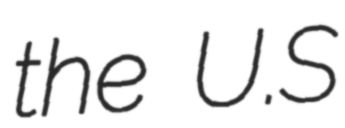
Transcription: the U.S